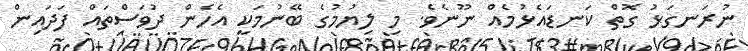
ނުރަނގަޅު ގޮތް ކަނޑައެޅުމެއް ނޫނެވެ. މި ލިޔުމުގެ ބޭނުމަކީ އެހެން ދުވަސްތައް ފަދައިން